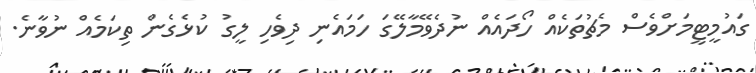
ގައުމީޓީމަށްވެސް މެޗުތަކެއް ހޯދައެއް ނުދެވޭމާލޭގަ ހަަމައެނި ދިވެހި ލީގު ކުޅެގެން ތިކަމެއް ނުވާނެ.